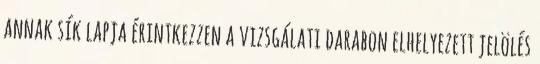
annak sík lapja érintkezzen a vizsgálati darabon elhelyezett jelölés